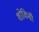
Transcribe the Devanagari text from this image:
शोकिसी